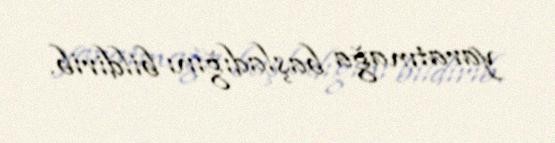
yaratmağa başladığını bildirib.